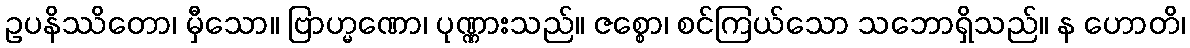
ဥပနိဿိတော၊ မှီသော။ ဗြာဟ္မဏော၊ ပုဏ္ဏားသည်။ ဇစ္စော၊ စင်ကြယ်သော သဘောရှိသည်။ န ဟောတိ၊